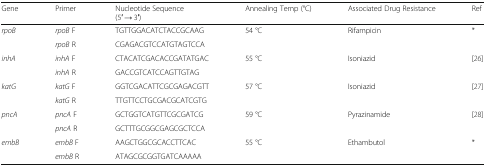
<table><thead><tr><td><b>Gene</b></td><td><b>Primer</b></td><td><b>Nucleotide Sequence(5′ → 3′)</b></td><td><b>Annealing Temp (°C)</b></td><td><b>Associated Drug Resistance</b></td><td><b>Ref</b></td></tr></thead><tbody><tr><td rowspan="2"><i>rpoB</i></td><td><i>rpoB</i> F</td><td>TGTTGGACATCTACCGCAAG</td><td rowspan="2">54 °C</td><td rowspan="2">Rifampicin</td><td rowspan="2">*</td></tr><tr><td><i>rpoB</i> R</td><td>CGAGACGTCCATGTAGTCCA</td></tr><tr><td rowspan="2"><i>inhA</i></td><td><i>inhA</i> F</td><td>CTACATCGACACCGATATGAC</td><td rowspan="2">55 °C</td><td rowspan="2">Isoniazid</td><td rowspan="2">[26]</td></tr><tr><td><i>inhA</i> R</td><td>GACCGTCATCCAGTTGTAG</td></tr><tr><td rowspan="2"><i>katG</i></td><td><i>katG</i> F</td><td>GGTCGACATTCGCGAGACGTT</td><td rowspan="2">57 °C</td><td rowspan="2">Isoniazid</td><td rowspan="2">[27]</td></tr><tr><td><i>katG</i> R</td><td>TTGTTCCTGCGACGCATCGTG</td></tr><tr><td rowspan="2"><i>pncA</i></td><td><i>pncA</i> F</td><td>GCTGGTCATGTTCGCGATCG</td><td rowspan="2">59 °C</td><td rowspan="2">Pyrazinamide</td><td rowspan="2">[28]</td></tr><tr><td><i>pncA</i> R</td><td>GCTTTGCGGCGAGCGCTCCA</td></tr><tr><td rowspan="2"><i>embB</i></td><td><i>embB</i> F</td><td>AAGCTGGCGCACCTTCAC</td><td rowspan="2">55 °C</td><td rowspan="2">Ethambutol</td><td rowspan="2">*</td></tr><tr><td><i>embB</i> R</td><td>ATAGCGCGGTGATCAAAAA</td></tr></tbody></table>